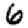
Digit: 6